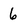
Character: 6